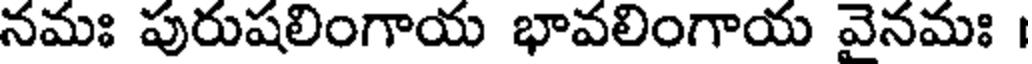
నమః పురుషలింగాయ భావలింగాయ వైనమః